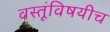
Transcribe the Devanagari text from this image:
वस्तूंविषयीच